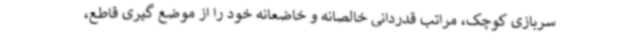
سربازی کوچک، مراتب قدردانی خالصانه و خاضعانه خود را از موضع گیری قاطع،